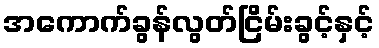
အကောက်ခွန်လွတ်ငြိမ်းခွင့်နှင့်